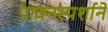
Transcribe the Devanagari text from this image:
पावनस्पर्शाने